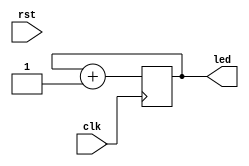
module counter (
                input        clk,
                input        rst,
                output [4:0] led
                );

   reg [4:0]                 counter;

   always@(posedge clk)
     begin
        if (!rst)
          begin
             counter <= 0;
          end
        counter <= counter + 1;
     end // always@ (posedge clk)

   assign led = counter;
endmodule // counter